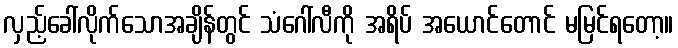
လှည့်ခေါ်လိုက်သောအချိန်တွင် သံဂေါ်လီကို အရိပ် အယောင်တောင် မမြင်ရတော့။